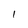
Character: l